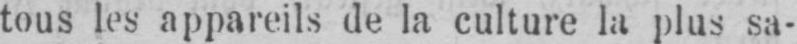
tous les appareils de la culture la plus sa-